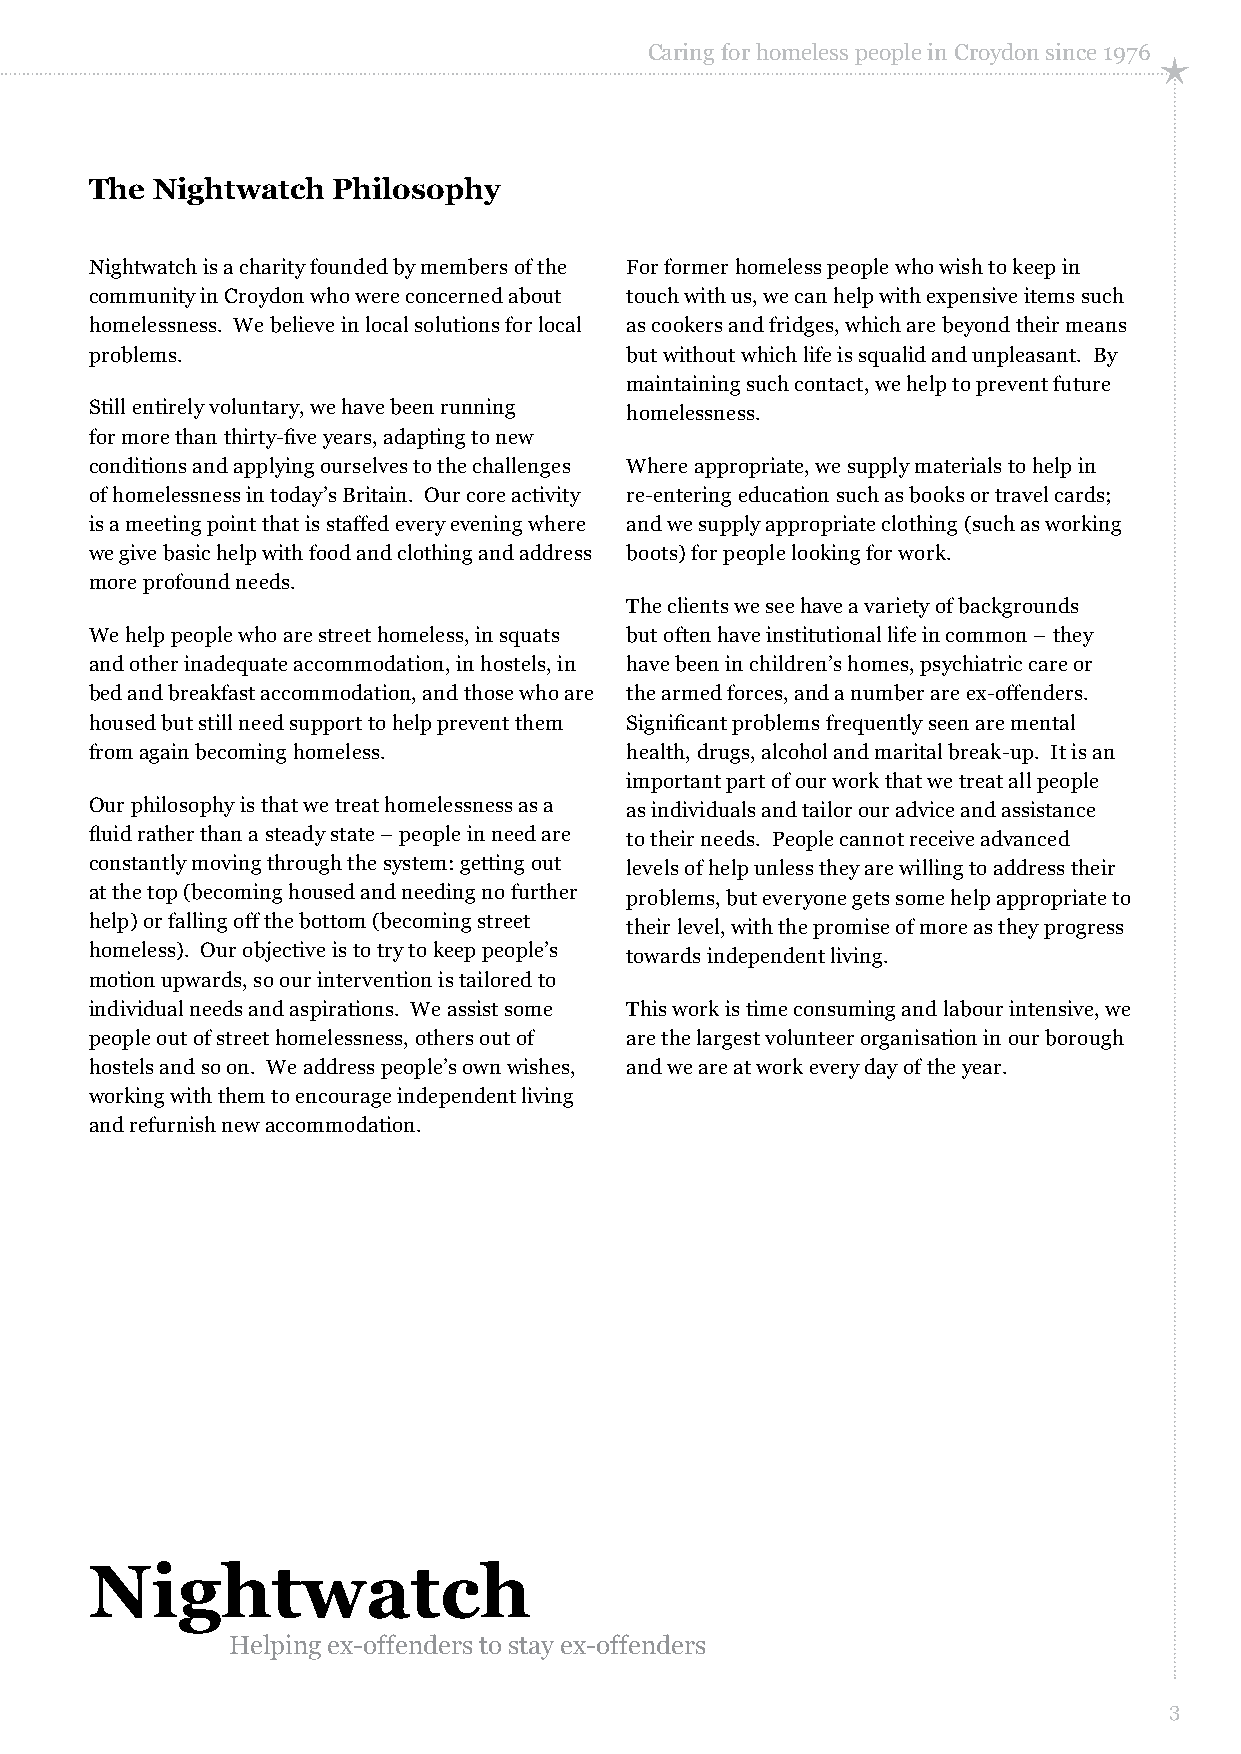
Caring for homeless people in Croydon since 1976
 The Nightwatch  Philosophy
 Nightwatch is a charity founded by members of the For former homeless people who wish to keep in
 community in Croydon who were concerned about touch with us, we can help with expensive items such
 homelessness. We believe in local solutions for local as cookers and fridges, which are beyond their means
 problems.                          but without which life is squalid and unpleasant. By
 maintaining such contact, we help to prevent future
 Still entirely voluntary, we have been running homelessness.
 for more than thirty-five years, adapting to new
 conditions and applying ourselves to the challenges Where appropriate, we supply materials to help in
 of homelessness in today’s Britain. Our core activity re-entering education such as books or travel cards;
 is a meeting point that is staffed every evening where and we supply appropriate clothing (such as working
 we give basic help with food and clothing and address boots) for people looking for work.
 more profound needs.
 The clients we see have a variety of backgrounds
 We help people who are street homeless, in squats but often have institutional life in common – they
 and other inadequate accommodation, in hostels, in have been in children’s homes, psychiatric care or
 bed and breakfast accommodation, and those who are the armed forces, and a number are ex-offenders.
 housed but still need support to help prevent them Significant problems frequently seen are mental
 from again becoming homeless.      health, drugs, alcohol and marital break-up. It is an
 important part of our work that we treat all people
 Our philosophy is that we treat homelessness as a as individuals and tailor our advice and assistance
 fluid rather than a steady state – people in need are to their needs. People cannot receive advanced
 constantly moving through the system: getting out levels of help unless they are willing to address their
 at the top (becoming housed and needing no further problems, but everyone gets some help appropriate to
 help) or falling off the bottom (becoming street their level, with the promise of more as they progress
 homeless). Our objective is to try to keep people’s towards independent living.
 motion upwards, so our intervention is tailored to
 individual needs and aspirations. We assist some This work is time consuming and labour intensive, we
 people out of street homelessness, others out of are the largest volunteer organisation in our borough
 hostels and so on. We address people’s own wishes, and we are at work every day of the year.
 working with them to encourage independent living
 and refurnish new accommodation.
 Nightwatch
 Helping ex-offenders to stay ex-offenders
 3